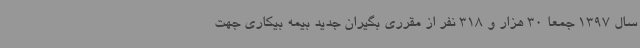
سال 1397 جمعا 30 هزار و 318 نفر از مقرری بگیران جدید بیمه بیکاری جهت